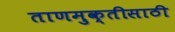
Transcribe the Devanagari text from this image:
ताणमुक्तीसाठी